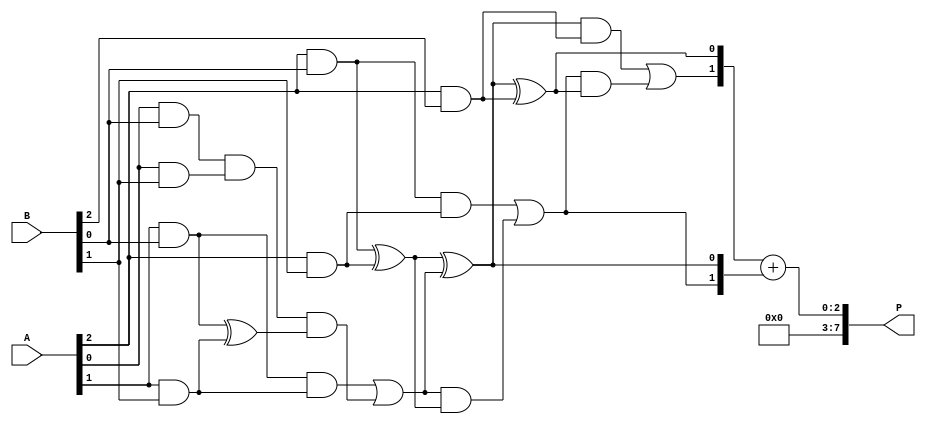
module wallace_tree_multiplier #(parameter N = 4) (
    input  wire [N-1:0] A,
    input  wire [N-1:0] B,
    output wire [2*N-1:0] P
);

    // Generate partial products
    wire [N-1:0] pp [0:N-1]; // Partial products
    genvar i, j;
    generate
        for (i = 0; i < N; i = i + 1) begin : pp_gen
            for (j = 0; j < N; j = j + 1) begin : pp_bit
                assign pp[i][j] = A[j] & B[i]; // AND operation for partial product
            end
        end
    endgenerate

    // Wallace tree reduction
    wire [N-1:0] sum [0:N-1]; // Sums at each stage
    wire [N-1:0] carry [0:N-1]; // Carries at each stage

    // Stage 1: Half Adders and Full Adders
    generate
        for (i = 0; i < N-1; i = i + 1) begin : stage1
            if (i == 0) begin
                // Half Adder for the first two bits
                assign sum[i][0] = pp[0][i] ^ pp[1][i];
                assign carry[i][0] = pp[0][i] & pp[1][i];
            end else begin
                // Full Adder for subsequent bits
                assign sum[i][0] = pp[0][i] ^ pp[1][i] ^ carry[i-1][0];
                assign carry[i][0] = (pp[0][i] & pp[1][i]) | (carry[i-1][0] & (pp[0][i] ^ pp[1][i]));
            end
        end
    endgenerate

    // Stage 2: Further reduction
    // This stage can be expanded based on the number of partial products
    generate
        for (i = 0; i < N-1; i = i + 1) begin : stage2
            // Full Adder for the next stage
            assign sum[i][1] = sum[i][0] ^ pp[2][i];
            assign carry[i][1] = (sum[i][0] & pp[2][i]) | (carry[i][0] & (sum[i][0] ^ pp[2][i]));
        end
    endgenerate

    // Final addition stage
    wire [2*N-1:0] final_sum;
    wire [2*N-1:0] final_carry;

    assign final_sum = {carry[N-2][1], sum[N-2][1]} + {1'b0, carry[N-2][0], sum[N-2][0]};

    // Output assignment
    assign P = final_sum;

endmodule